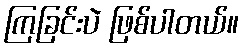
ကြခြင်းပဲ ဖြစ်ပါတယ်။